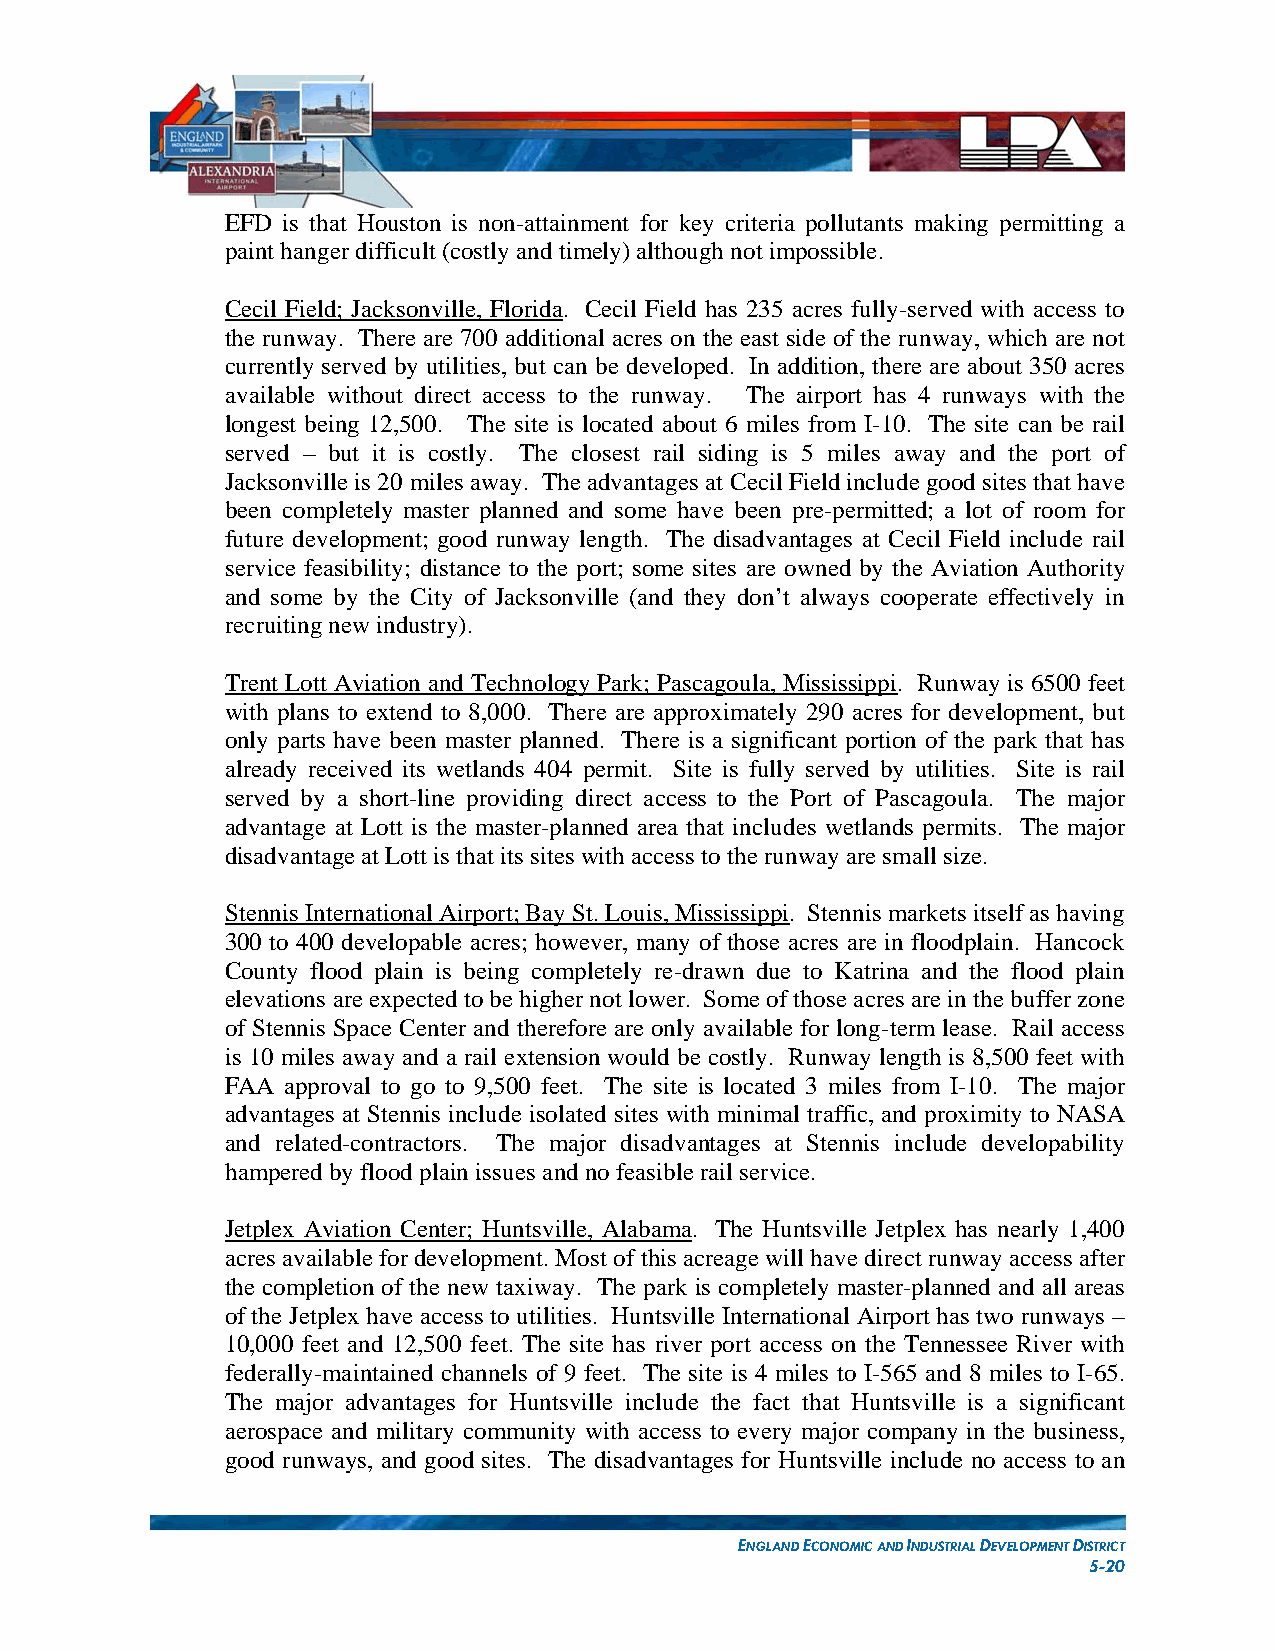
EFD is that Houston is non-attainment for key criteria pollutants making permitting a
 paint hanger difficult (costly and timely) although not impossible.
 Cecil Field; Jacksonville, Florida. Cecil Field has 235 acres fully-served with access to
 the runway. There are 700 additional acres on the east side of the runway, which are not
 currently served by utilities, but can be developed. In addition, there are about 350 acres
 available without direct access to the runway. The airport has 4 runways with the
 longest being 12,500. The site is located about 6 miles from I-10. The site can be rail
 served – but it is costly. The closest rail siding is 5 miles away and the port of
 Jacksonville is 20 miles away. The advantages at Cecil Field include good sites that have
 been completely master planned and some have been pre-permitted; a lot of room for
 future development; good runway length. The disadvantages at Cecil Field include rail
 service feasibility; distance to the port; some sites are owned by the Aviation Authority
 and some by the City of Jacksonville (and they don’t always cooperate effectively in
 recruiting new industry).
 Trent Lott Aviation and Technology Park; Pascagoula, Mississippi. Runway is 6500 feet
 with plans to extend to 8,000. There are approximately 290 acres for development, but
 only parts have been master planned. There is a significant portion of the park that has
 already received its wetlands 404 permit. Site is fully served by utilities. Site is rail
 served by a short-line providing direct access to the Port of Pascagoula. The major
 advantage at Lott is the master-planned area that includes wetlands permits. The major
 disadvantage at Lott is that its sites with access to the runway are small size.
 Stennis International Airport; Bay St. Louis, Mississippi. Stennis markets itself as having
 300 to 400 developable acres; however, many of those acres are in floodplain. Hancock
 County flood plain is being completely re-drawn due to Katrina and the flood plain
 elevations are expected to be higher not lower. Some of those acres are in the buffer zone
 of Stennis Space Center and therefore are only available for long-term lease. Rail access
 is 10 miles away and a rail extension would be costly. Runway length is 8,500 feet with
 FAA approval to go to 9,500 feet. The site is located 3 miles from I-10. The major
 advantages at Stennis include isolated sites with minimal traffic, and proximity to NASA
 and related-contractors. The major disadvantages at Stennis include developability
 hampered by flood plain issues and no feasible rail service.
 Jetplex Aviation Center; Huntsville, Alabama. The Huntsville Jetplex has nearly 1,400
 acres available for development. Most of this acreage will have direct runway access after
 the completion of the new taxiway. The park is completely master-planned and all areas
 of the Jetplex have access to utilities. Huntsville International Airport has two runways –
 10,000 feet and 12,500 feet. The site has river port access on the Tennessee River with
 federally-maintained channels of 9 feet. The site is 4 miles to I-565 and 8 miles to I-65.
 The major advantages for Huntsville include the fact that Huntsville is a significant
 aerospace and military community with access to every major company in the business,
 good runways, and good sites. The disadvantages for Huntsville include no access to an
 ENGLAND ECONOMIC AND INDUSTRIAL DEVELOPMENT DISTRICT
 5-20